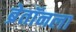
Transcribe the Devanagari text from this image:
ब्रेतॉनला